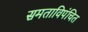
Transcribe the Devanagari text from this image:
समताविपंचित